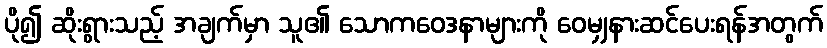
ပို၍ ဆိုးရွားသည့် အချက်မှာ သူ၏ သောကဝေဒနာများကို ဝေမျှနားဆင်ပေးရန်အတွက်